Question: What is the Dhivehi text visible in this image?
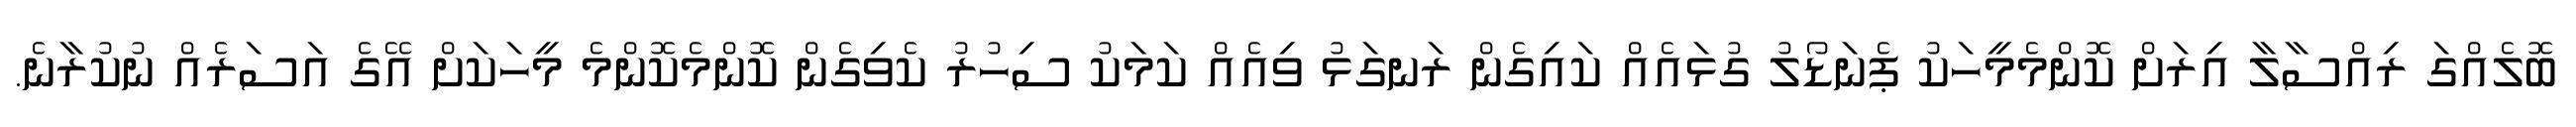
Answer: ބޮލެއްގަ ރިއްސާލާ އިރަށް ކޮންމެމީހަކު ޕެނަޑޯލު ގުޅައެއް ކައިގެން ރަނގަޅު ވިއެއް ކަމަކު ސިހުރު ކެވިގެން ކޮންމެކޮންމެ މީހަކަށް އޭގެ އަސަރެއް ނުކުރާނެ.